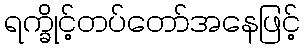
ရက္ခိုင့်တပ်တော်အနေဖြင့်